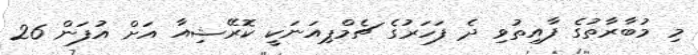
މި މުބާރާތުގެ ފާއިތުވި ދެ ފަހަރުގެ ޗެމްޕިއަނަކީ ކޮރޭޝިއާ އަށް އުފަން 26